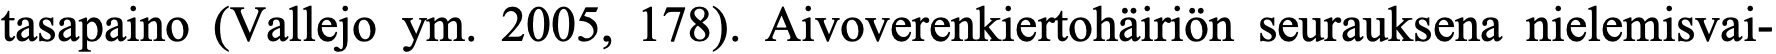
tasapaino (Vallejo ym. 2005, 178). Aivoverenkiertohäiriön seurauksena nielemisvai-